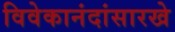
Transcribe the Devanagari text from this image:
विवेकानंदांसारखे